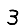
Digit: 3